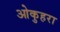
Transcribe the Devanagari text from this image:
ओकुहरा